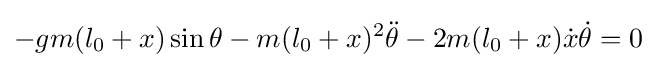
-gm(l_{0}+x)\sin \theta -m(l_{0}+x)^{2}{\ddot {\theta }}-2m(l_{0}+x){\dot {x}}{\dot {\theta }}=0